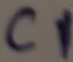
Text: C1